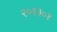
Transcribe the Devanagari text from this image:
२०१३०१